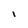
Character: I